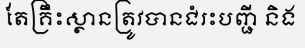
តែគ្រឹះស្ថានត្រូវបានជំរះបញ្ជី និង